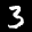
Label: 3